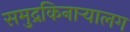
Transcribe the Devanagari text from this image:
समुद्रकिनाऱ्यालग